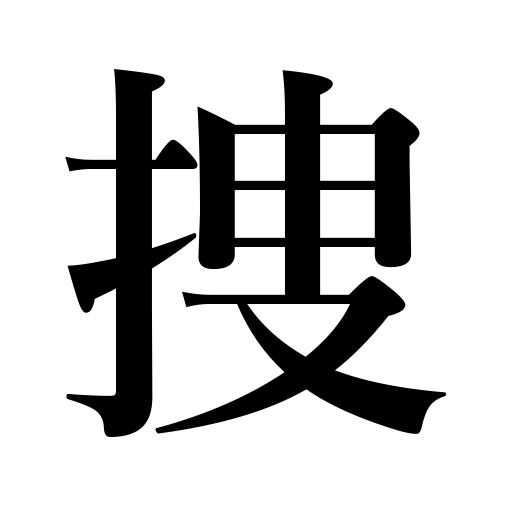
Meanings: glean,search,locate,look for